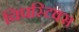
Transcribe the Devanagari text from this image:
चिपस्टिक्स